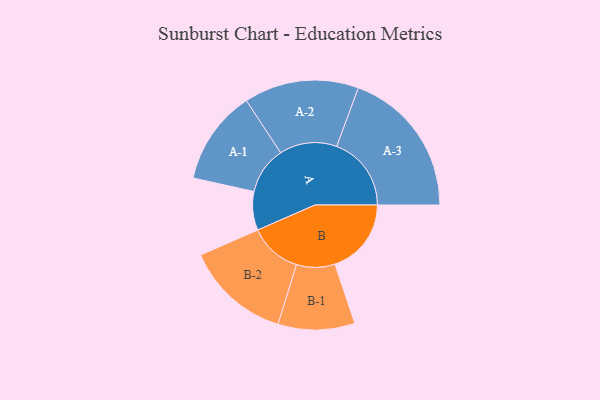
{"axis": {"x": "Segment", "y": "Value"}, "legend": ["", "A", "B"], "data": [{"x": "A", "y": 130, "type": ""}, {"x": "B", "y": 257, "type": ""}, {"x": "A-1", "y": 159, "type": "A"}, {"x": "A-2", "y": 193, "type": "A"}, {"x": "A-3", "y": 251, "type": "A"}, {"x": "B-1", "y": 129, "type": "B"}, {"x": "B-2", "y": 177, "type": "B"}]}